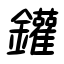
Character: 鑵